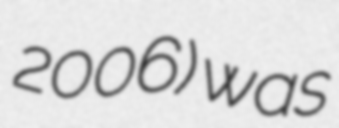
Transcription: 2006) was